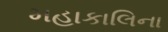
મહાકાલિના